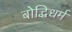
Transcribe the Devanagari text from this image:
बोद्धिधर्म